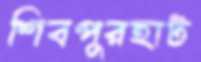
শিবপুরহাট